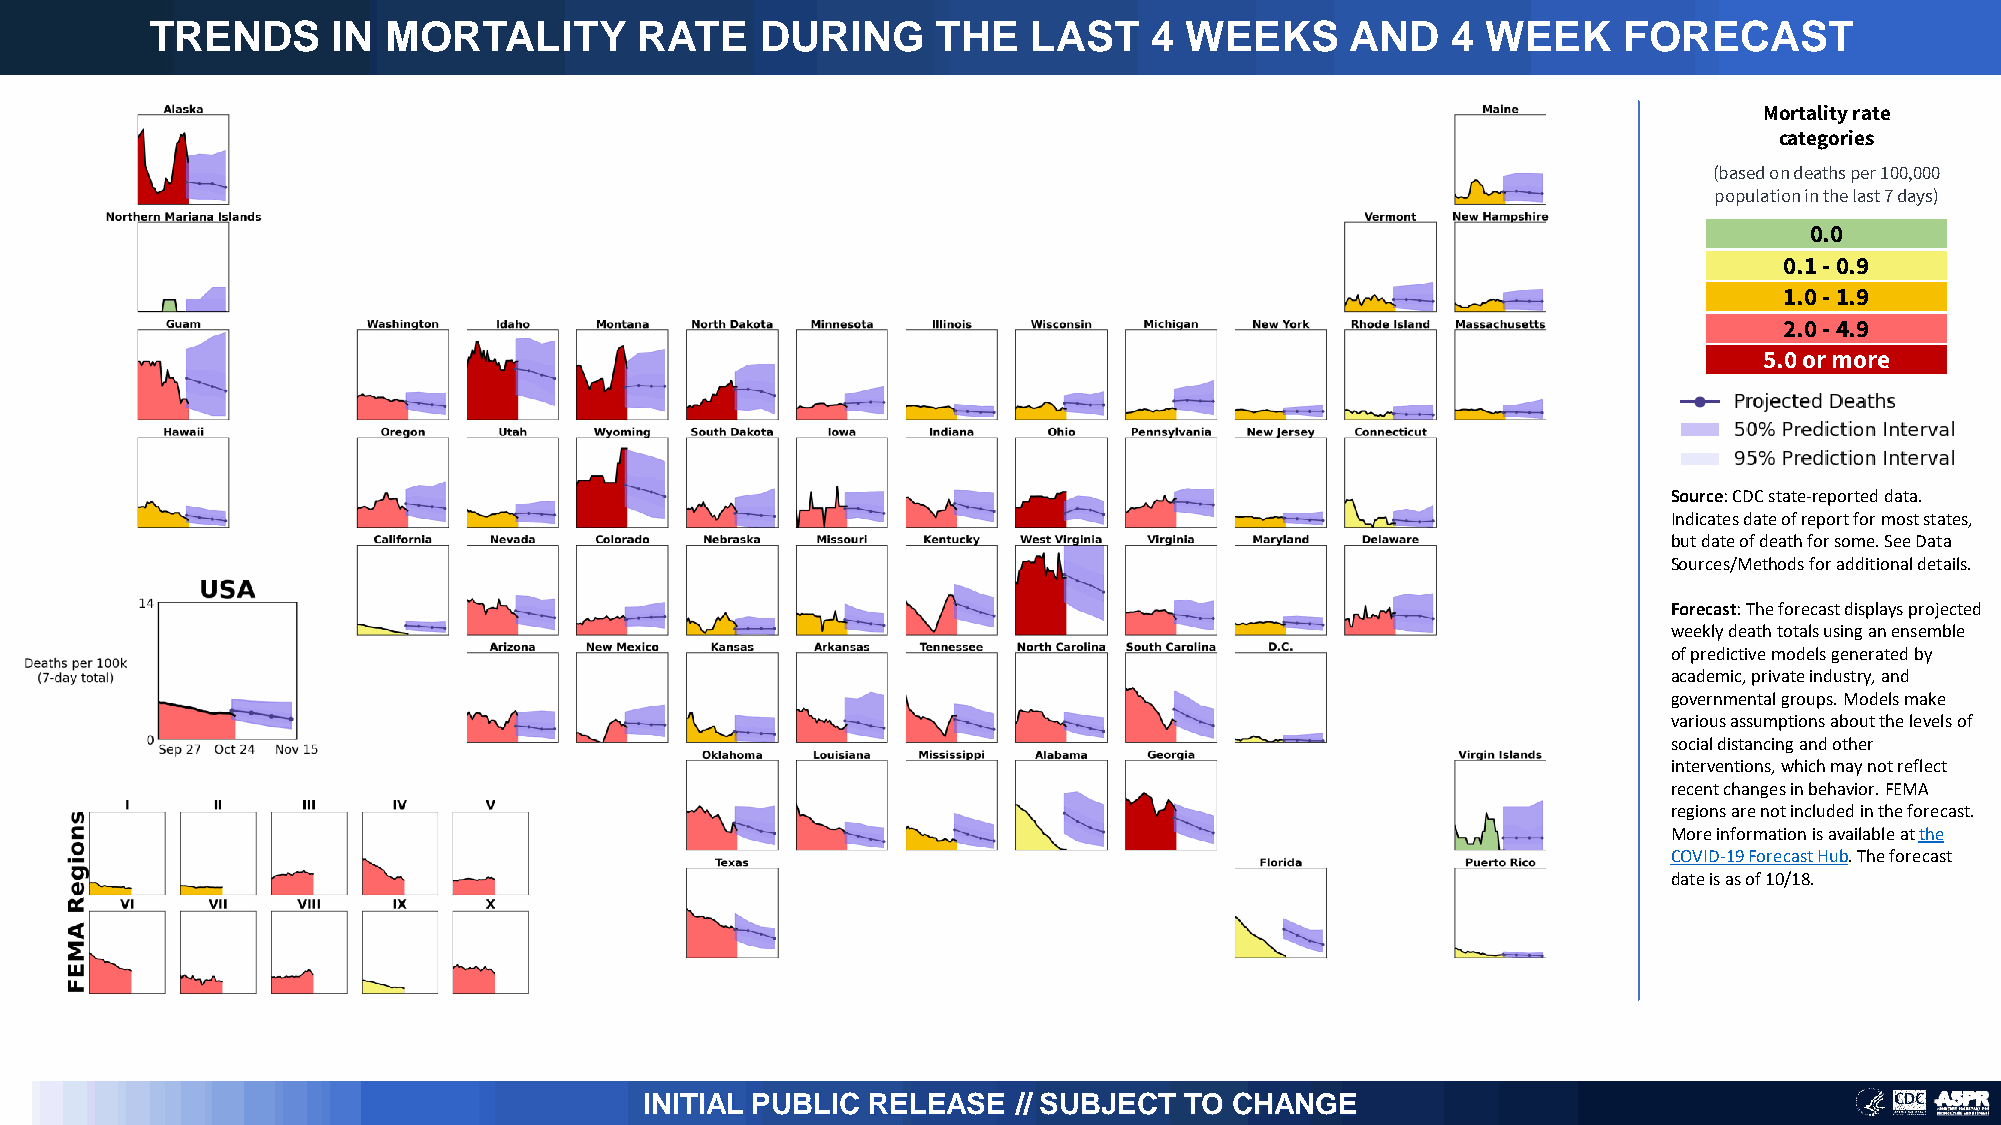
TRENDS      IN  MORTALITY       RATE    DURING      THE   LAST    4 WEEKS      AND    4 WEEK     FORECAST
 Mortality rate
 categories
 (based on deaths per 100,000
 population in the last 7 days)
 0.0
 0.1 -0.9
 1.0 -1.9
 2.0 -4.9
 5.0 or more
 Source: CDC state-reported data.
 Indicates date of report for most states,
 but date of death for some. See Data
 Sources/Methods for additional details.
 Forecast: The forecast displays projected
 weekly death totals using an ensemble
 of predictive models generated by
 academic, private industry, and
 governmental groups. Models make
 various assumptions about the levels of
 social distancing and other
 interventions, which may not reflect
 recent changes in behavior. FEMA
 regions are not included in the forecast.
 More information is available at the
 COVID-19 Forecast Hub. The forecast
 date is as of 10/18.
 INITIAL PUBLIC RELEASE  // SUBJECT TO  CHANGE